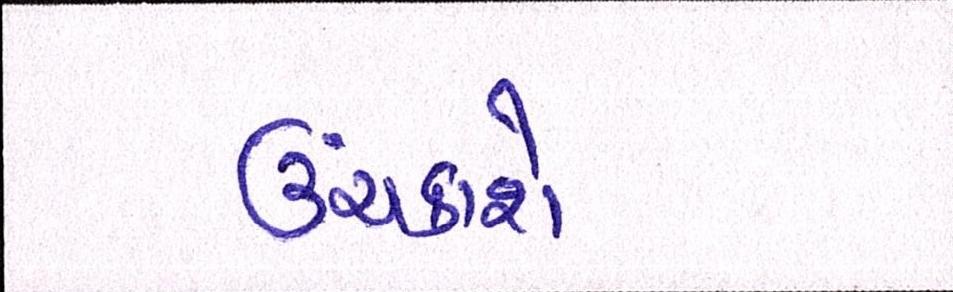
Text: ઉંચકાશે